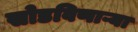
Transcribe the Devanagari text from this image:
सोडविणाऱ्या